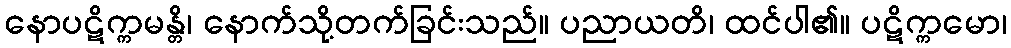
နောပဋိက္ကမန္တိ၊ နောက်သို့တက်ခြင်းသည်။ ပညာယတိ၊ ထင်ပါ၏။ ပဋိက္ကမော၊